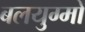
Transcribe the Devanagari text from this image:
बलयुग्मों